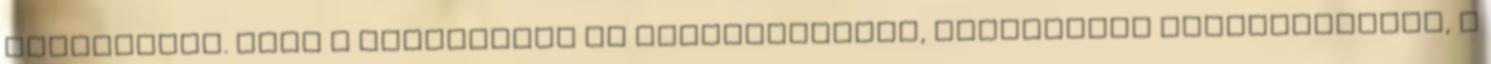
irányulnak. Ezek a változások az aljzatbetonok, esztrichek kivitelezését, a